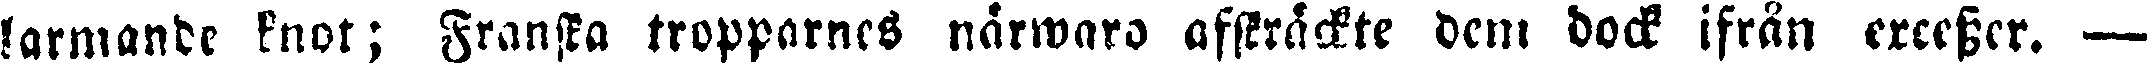
larmande knöt; franska tropparnes närwaro afsträckte dem dock ifrån ercesser. —